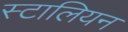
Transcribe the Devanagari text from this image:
स्टालियन